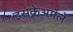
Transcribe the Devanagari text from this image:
इसकेअगले